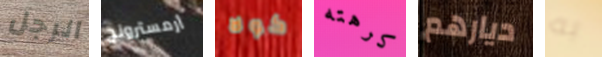
الرجل أرمسترونج كولا كرهته ديارهم به